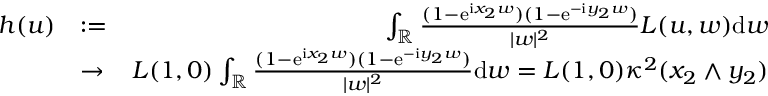
\begin{array} { r l r } { h ( u ) } & { : = } & { \int _ { \mathbb { R } } \frac { ( 1 - \mathrm e ^ { \mathrm i x _ { 2 } w } ) ( 1 - \mathrm e ^ { - \mathrm i y _ { 2 } w } ) } { | w | ^ { 2 } } L ( u , w ) \mathrm d w } \\ & { \to } & { L ( 1 , 0 ) \int _ { \mathbb { R } } \frac { ( 1 - \mathrm e ^ { \mathrm i x _ { 2 } w } ) ( 1 - \mathrm e ^ { - \mathrm i y _ { 2 } w } ) } { | w | ^ { 2 } } \mathrm d w = L ( 1 , 0 ) \kappa ^ { 2 } ( x _ { 2 } \wedge y _ { 2 } ) } \end{array}